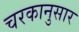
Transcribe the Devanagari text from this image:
चरकानुसार